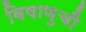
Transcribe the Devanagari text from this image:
विषाणुची